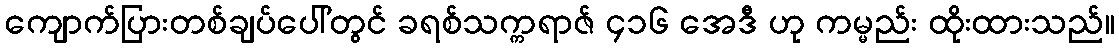
ကျောက်ပြားတစ်ချပ်ပေါ်တွင် ခရစ်သက္ကရာဇ် ၄၁၆ အေဒီ ဟု ကမ္မည်း ထိုးထားသည်။